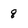
Character: g